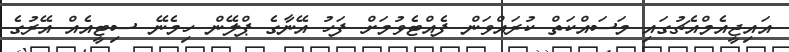
އައިޖީއެމްއެޗުގައި މަސައްކަތް ކުރައްވަން ފެއްޓެވުމަށް ފަހު އޭނާގެ ޕްލޭން ހިމެނޭ ސިޓީއެއް އޭރުގެ